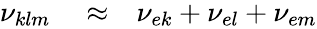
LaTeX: \begin{array}{rlr}{\nu_{klm}}&{{}\approx}&{\nu_{ek}+\nu_{el}+\nu_{em}}\end{array}